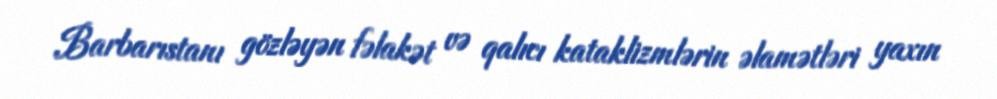
Barbarıstanı gözləyən fəlakət və qalıcı kataklizmlərin əlamətləri yaxın